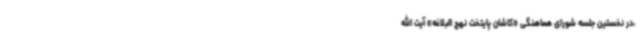
،در نخستین جلسه شورای هماهنگی «کاشان پایتخت نهج البلاغه» آیت الله